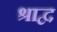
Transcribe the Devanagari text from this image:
श्राद्व